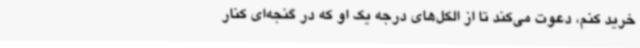
خرید کنم، دعوت می‌کند تا از الکل‌های درجه یک او که در گنجه‌ای کنار